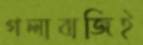
গলাবাজিই